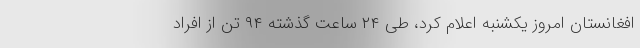
افغانستان امروز یکشنبه اعلام کرد، طی ۲۴ ساعت گذشته ۹۴ تن از افراد